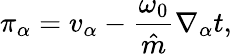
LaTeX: \pi_{\alpha}=v_{\alpha}-\frac{\omega_{0}}{\hat{m}}\nabla_{\alpha}t,